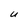
Character: U